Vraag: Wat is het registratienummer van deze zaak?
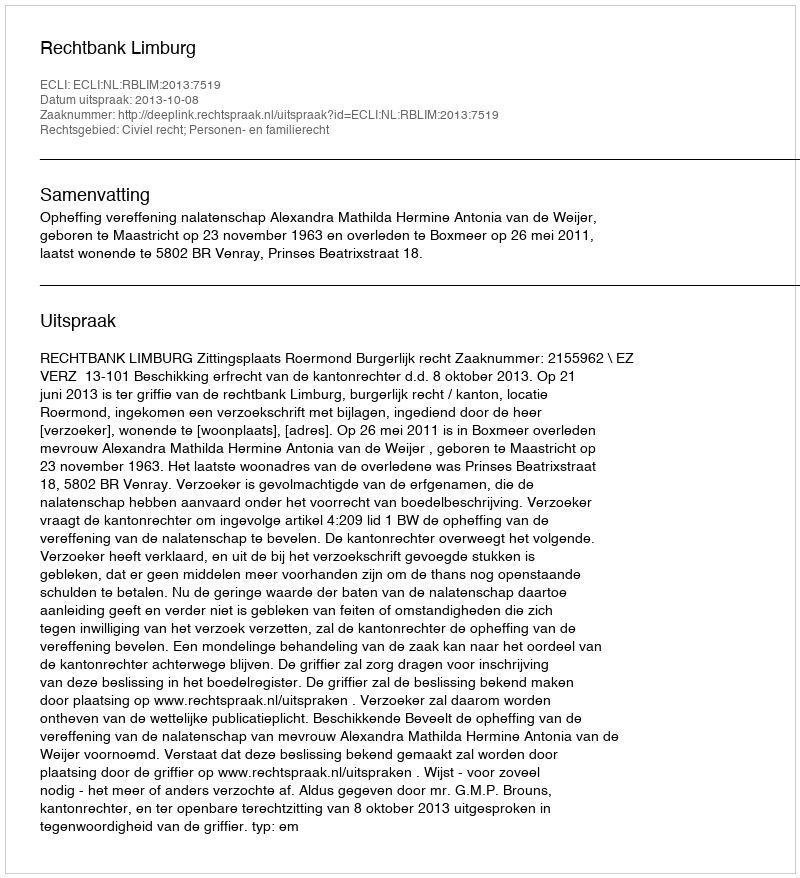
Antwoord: http://deeplink.rechtspraak.nl/uitspraak?id=ECLI:NL:RBLIM:2013:7519